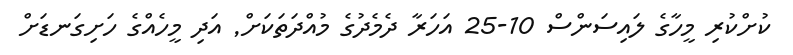
ކުށްކުރި މީހާގެ ލައިސަަންސް 10-25 އަހަރާ ދެމެދުގެ މުއްދަތަކަށް